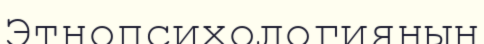
Этнопсихологияның